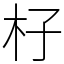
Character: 杍